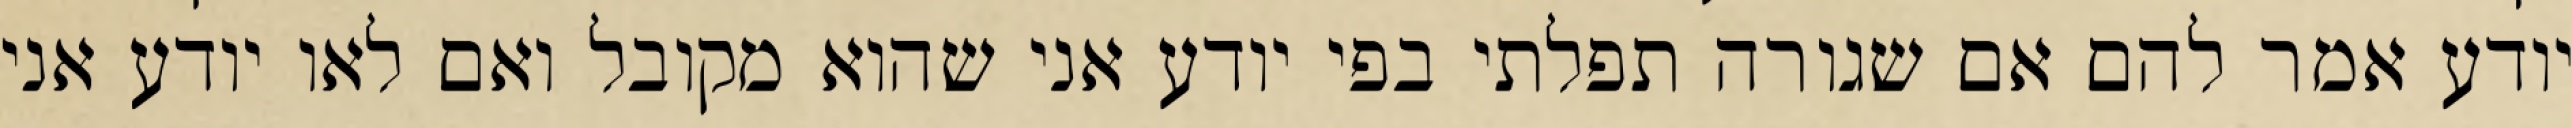
יודע אמר להם אם שגורה תפלתי בפי יודע אני שהוא מקובל ואם לאו יודע אני